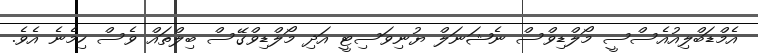
އެމްޑަބްލިއުއެސްސީ މޯލްޑިވްސް ނެޝަނަލް ޔުނިވަސިޓީ އަދި މޯލްޑިވްގޭސް ބިލްތައް ވެސް ހިމެނެ އެވެ.